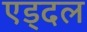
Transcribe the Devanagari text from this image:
एड्दल